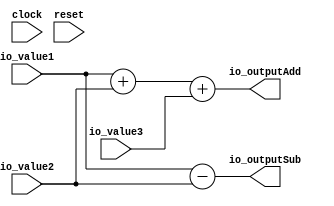
module TrivialAdd(
  input        clock,
  input        reset,
  input  [7:0] io_value1,
  input  [7:0] io_value2,
  input  [7:0] io_value3,
  output [9:0] io_outputAdd,
  output [8:0] io_outputSub
);
  wire [8:0] _T = io_value1 + io_value2;
  wire [8:0] _GEN_0 = {{1'd0}, io_value3};
  assign io_outputAdd = _T + _GEN_0;
  assign io_outputSub = io_value1 - io_value2;
endmodule